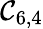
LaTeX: \mathcal{C}_{6,4}